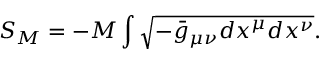
S _ { M } = - M \int \sqrt { - { \bar { g } } _ { \mu \nu } d x ^ { \mu } d x ^ { \nu } } .